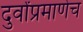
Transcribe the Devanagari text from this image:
दुर्वांप्रमाणेच